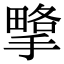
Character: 㨼